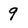
Character: 9